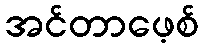
အင်တာဖေ့စ်